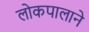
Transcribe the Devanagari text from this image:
लोकपालाने